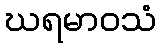
ဃရမာဝသံ